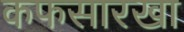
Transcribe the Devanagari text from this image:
कफसारखा